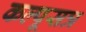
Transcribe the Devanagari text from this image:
कल्पूसत्र